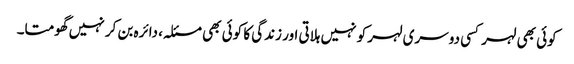
کوئی بھی لہر کسی دوسری لہر کو نہیں ہلاتی اور زندگی کا کوئی بھی مسئلہ، دائرہ بن کر نہیں گھومتا۔